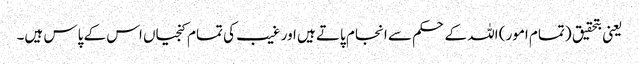
یعنی بتحقیق (تمام امور) اللہ کے حکم سے انجام پاتے ہیں اور غیب کی تمام کنجیاں اس کے پاس ہیں۔